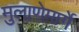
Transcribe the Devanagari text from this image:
मुलाणेमार्गे